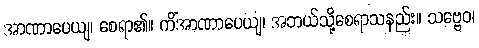
အာဏာပေယျ၊ စေရာ၏။ ကိံအာဏာပေယျ၊ အဘယ်သို့စေရာသနည်း။ သဗ္ဗေဝ၊